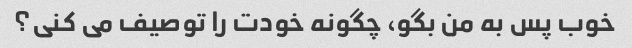
خوب پس به من بگو، چگونه خودت را توصیف می کنی؟